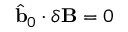
\hat { \mathbf { b } } _ { 0 } \cdot \delta \mathbf { B } = 0